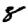
Digit: 8